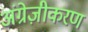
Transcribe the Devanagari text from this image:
अंग्रेज़ीकरण